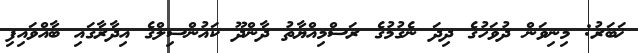
ޚަބަރު: މިނިވަން ދުވަހުގެ ދިދަ ނެގުމުގެ ރަސްމިއްޔާތު ދާންދޫ ކައުންސިލްގެ އިދާރާގައި ބާއްވައިފި